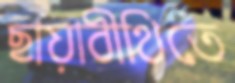
ছায়াবীথিতে